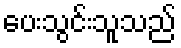
ပေးသွင်းသူသည်